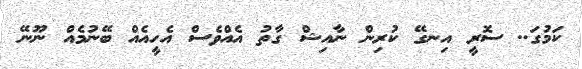
ކަމުގަ.. ސޮރީ އިނގޭ ކުރިން ނާއިޝް ގާތު އެއްވެސް އެހީއެއް ބޭނުމެއް ނޫނޭ